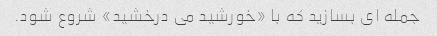
جمله ای بسازید که با «خورشید می درخشید» شروع شود.